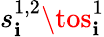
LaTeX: s_{\mathbf{i}}^{1,2}\tos_{\mathbf{i}}^{1}